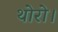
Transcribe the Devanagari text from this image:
थोरो।